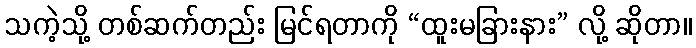
သကဲ့သို့ တစ်ဆက်တည်း မြင်ရတာကို “ထူးမခြားနား” လို့ ဆိုတာ။